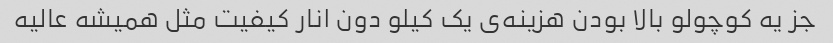
جز یه کوچولو بالا بودن هزینه‌ی یک کیلو دون انار کیفیت مثل همیشه عالیه